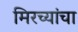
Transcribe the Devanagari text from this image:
मिरच्यांचा